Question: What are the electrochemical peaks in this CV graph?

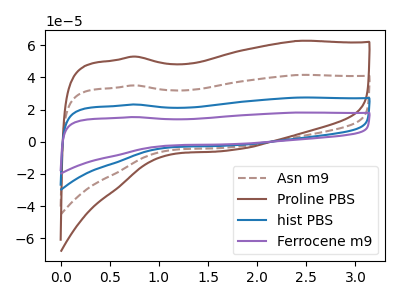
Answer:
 <answer>The brown dashed curve "Asn m9" has no peaks. The brown curve "Proline PBS" has no peaks. The blue curve "hist PBS" has no peaks. The purple curve "Ferrocene m9" has no peaks.</answer>
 <eval></eval>